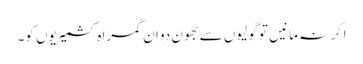
اگر نہ مانیں تو گولیوں سے بھون دو ان گمراہ کشمیریوں کو۔